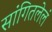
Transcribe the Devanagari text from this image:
सांगितलेलं